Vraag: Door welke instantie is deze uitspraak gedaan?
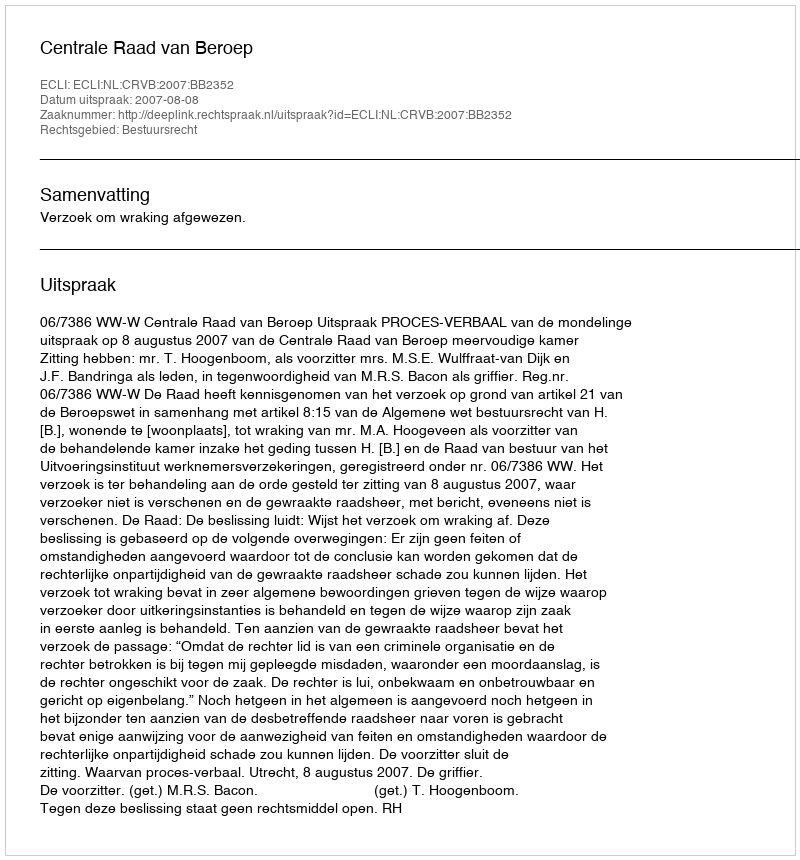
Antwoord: Centrale Raad van Beroep